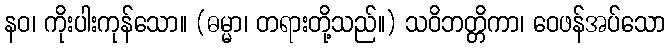
နဝ၊ ကိုးပါးကုန်သော။ (ဓမ္မာ၊ တရားတို့သည်။) သဝိဘတ္တိကာ၊ ဝေဖန်အပ်သော